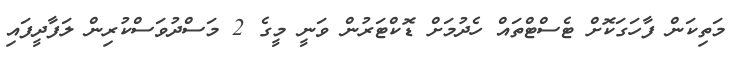
މަތިކަން ފާހަގަކޮށް ޓެސްޓްތައް ހެދުމަށް ޑޮކްޓަރުން ވަނީ މީގެ 2 މަސްދުވަސްކުރިން ލަފާދީފައި